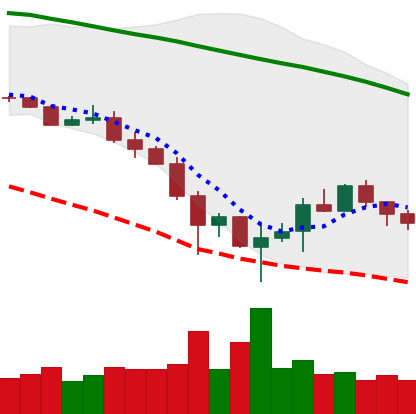
Ticker: BTC-USD
Chart end date: 2019-12-02
Forward return: 3.199%
Label: up_3_5